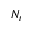
N _ { t }